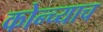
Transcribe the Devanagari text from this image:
कोन्च्याच